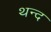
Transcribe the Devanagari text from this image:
थन्द